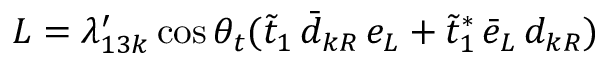
L = \lambda _ { 1 3 k } ^ { \prime } \cos \theta _ { t } ( \tilde { t } _ { 1 } \, \bar { d } _ { k R } \, e _ { L } + \tilde { t } _ { 1 } ^ { * } \, \bar { e } _ { L } \, d _ { k R } )